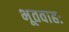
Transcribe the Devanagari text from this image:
भूतवाहः